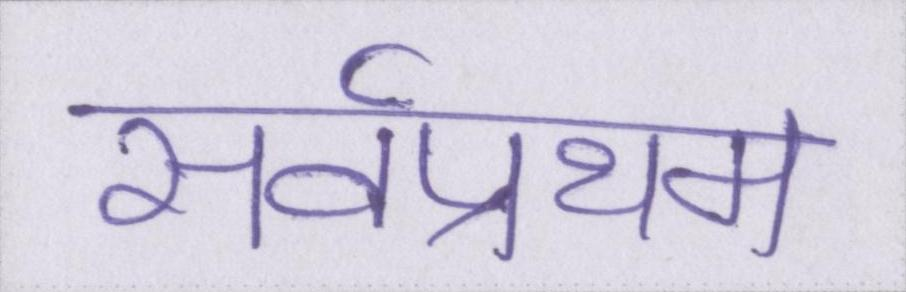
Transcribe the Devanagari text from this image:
सर्वप्रथम